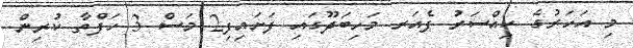
މި އަހަރުގެ ކިއްސަރު ފެއަރ މަހިބަދޫގައި ފަށައިފި2 މަސް 3 ހަފްތާ ކުރިން.